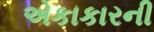
એકાકારની